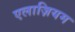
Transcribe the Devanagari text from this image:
एलाज़ियम